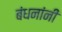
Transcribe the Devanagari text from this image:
बंधनांनी